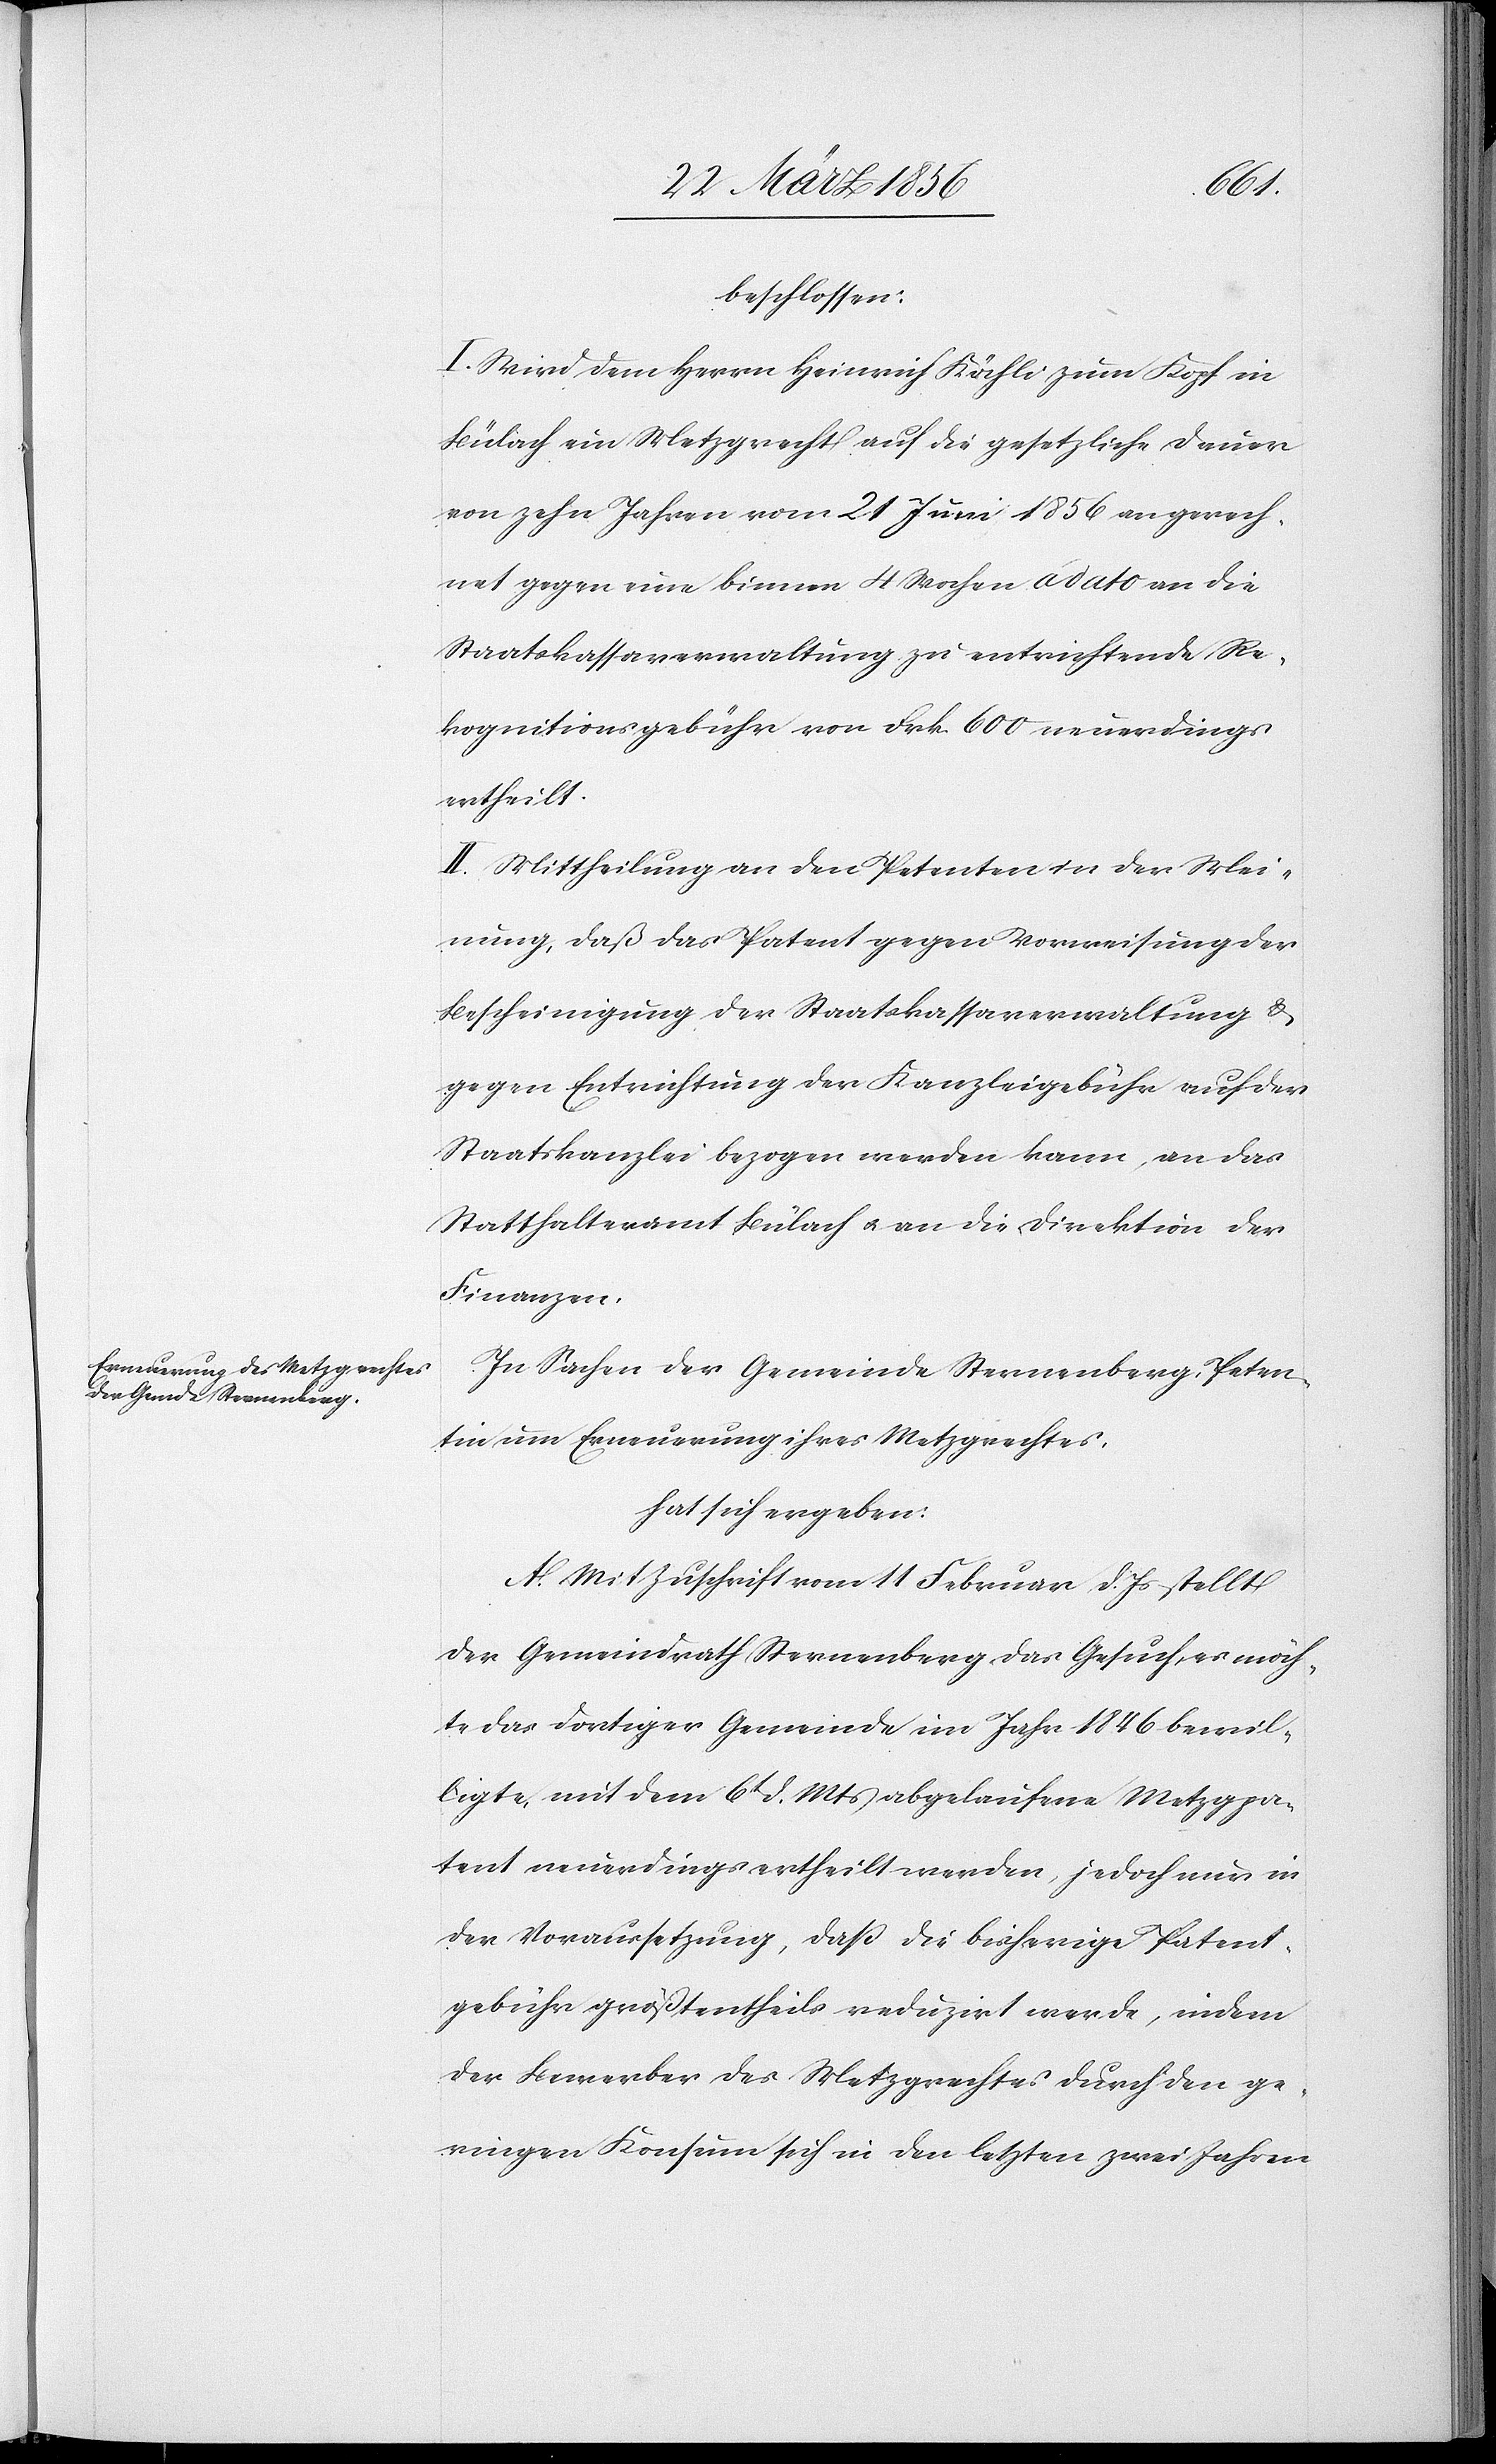
beschlossen:
I. Wird dem Herrn Heinrich Kähli [sic!] zum Kopf in
Bülach ein Metzgrecht auf die gesetzliche Dauer
von zehn Jahren vom 21 Juni 1856 an gerech¬
net gegen eine binnen 4 Wochen a dato an die
Staatskassaverwaltung zu entrichtende Re¬
kognitionsgebühr von Frk. 600 neuerdings
ertheilt.
II. Mittheilung an den Petenten in der Mei¬
nung, daß das Patent gegen Vorweisung der
Bescheinigung der Staatskassaverwaltung &
gegen Entrichtung der Kanzleigebühr auf der
Staatskanzlei bezogen werden kann, an das
Statthalteramt Bülach u. an die Direktion der
Finanzen.
In Sachen der Gemeinde Sternenberg, Peten¬
tin um Erneuerung ihres Metzgrechtes,
hat sich ergeben:
A. Mit Zuschrift vom 11 Februar d. Js stellt
der Gemeindrath Sternenberg das Gesuch, es möch¬
te das dortiger Gemeinde im Jahr 1846 bewil¬
ligte, mit dem 6t d. Mts abgelaufene Metzgpa¬
tent neuerdings ertheilt werden, jedoch nur in
der Voraussetzung, daß die bisherige Patent¬
gebühr größtentheils reduzirt werde, indem
der Bewerber des Metzgrechtes durch den ge¬
ringen Konsum sich in den letzten zwei Jahren